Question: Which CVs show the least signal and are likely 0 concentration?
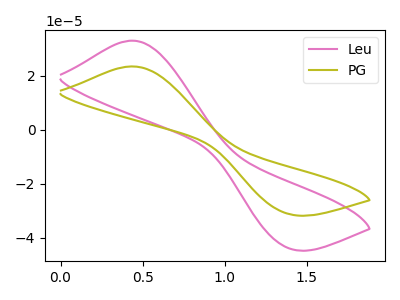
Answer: <think>The pink curve "Leu" has an anodic peak at (0.45V, 32.95uA) and a cathodic peak at (1.40V, -43.75uA). The olive curve "PG" has an anodic peak at (0.45V, 23.40uA) and a cathodic peak at (1.40V, -31.10uA).</think>
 <answer>There are not any CV's on this graph that are likely to be blanks.</answer>
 <eval>none</eval>